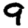
Digit: 9